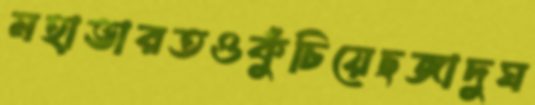
মহাভারতওকুঁচিয়েছজাদুঘ